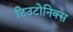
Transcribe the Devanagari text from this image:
टिउटोनिक्स